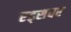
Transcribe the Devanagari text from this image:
एड्‌सवर